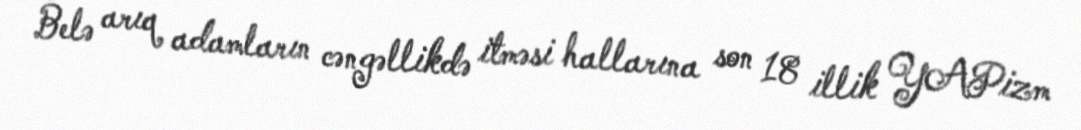
Belə arıq adamların cəngəllikdə itməsi hallarına son 18 illik YAPizm